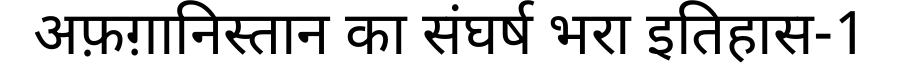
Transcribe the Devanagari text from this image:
अफ़ग़ानिस्तान का संघर्ष भरा इतिहास-1